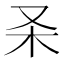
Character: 𰗑